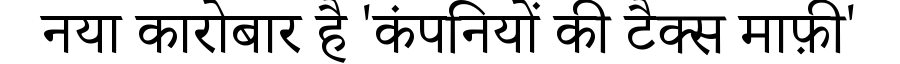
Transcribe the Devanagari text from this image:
नया कारोबार है 'कंपनियों की टैक्स माफ़ी'